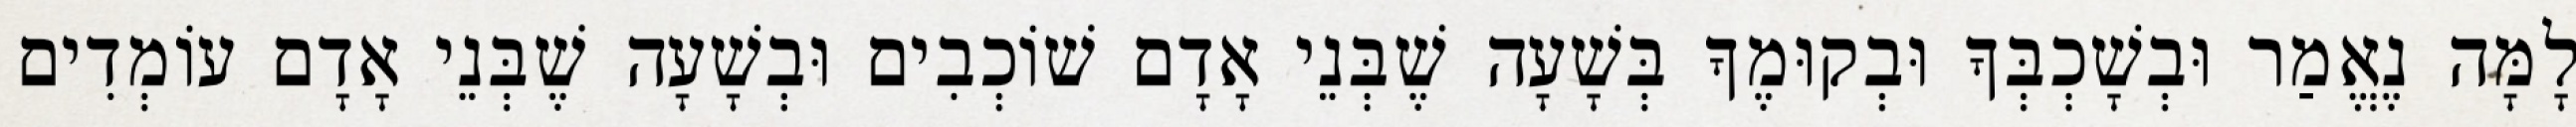
לָמָּה נֶאֱמַר וּבְשָׁכְבְּךָ וּבְקוּמֶךָ בְּשָׁעָה שֶׁבְּנֵי אָדָם שׁוֹכְבִים וּבְשָׁעָה שֶׁבְּנֵי אָדָם עוֹמְדִים